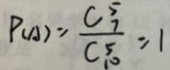
P ( A ) = \frac { C _ { 7 } ^ { 5 } } { C _ { 1 0 } ^ { 5 } } = 1